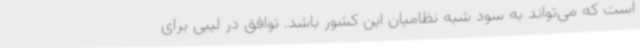
است که می‌تواند به سود شبه نظامیان این کشور باشد. توافق در لیبی برای